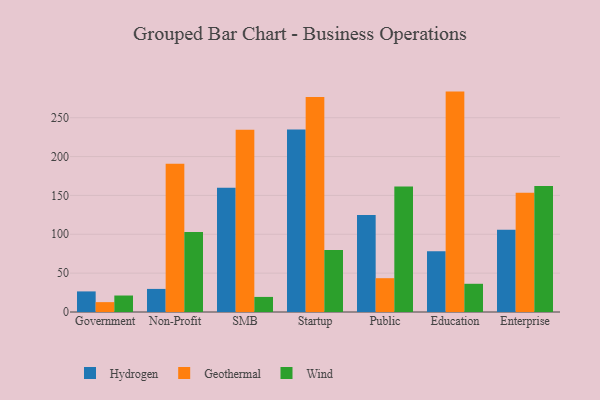
{"axis": {"x": "Segment", "y": "Headcount"}, "legend": ["Geothermal", "Hydrogen", "Wind"], "data": [{"x": "Government", "y": 26.5, "type": "Hydrogen"}, {"x": "Government", "y": 12.7, "type": "Geothermal"}, {"x": "Government", "y": 21.2, "type": "Wind"}, {"x": "Non-Profit", "y": 29.7, "type": "Hydrogen"}, {"x": "Non-Profit", "y": 190.8, "type": "Geothermal"}, {"x": "Non-Profit", "y": 103.1, "type": "Wind"}, {"x": "SMB", "y": 160.0, "type": "Hydrogen"}, {"x": "SMB", "y": 234.4, "type": "Geothermal"}, {"x": "SMB", "y": 19.4, "type": "Wind"}, {"x": "Startup", "y": 234.9, "type": "Hydrogen"}, {"x": "Startup", "y": 276.7, "type": "Geothermal"}, {"x": "Startup", "y": 79.9, "type": "Wind"}, {"x": "Public", "y": 124.7, "type": "Hydrogen"}, {"x": "Public", "y": 43.5, "type": "Geothermal"}, {"x": "Public", "y": 161.6, "type": "Wind"}, {"x": "Education", "y": 78.1, "type": "Hydrogen"}, {"x": "Education", "y": 283.6, "type": "Geothermal"}, {"x": "Education", "y": 36.3, "type": "Wind"}, {"x": "Enterprise", "y": 105.7, "type": "Hydrogen"}, {"x": "Enterprise", "y": 153.3, "type": "Geothermal"}, {"x": "Enterprise", "y": 162.1, "type": "Wind"}]}